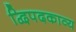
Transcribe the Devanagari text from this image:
द्विपदकाव्य